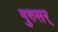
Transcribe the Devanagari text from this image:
गुरुसर्